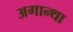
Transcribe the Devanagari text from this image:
अगान्था